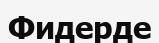
Фидерде